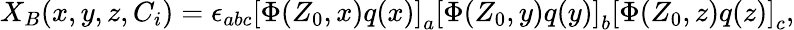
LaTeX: X_{B}(x,y,z,C_{i})=\epsilon_{abc}\left[\Phi(Z_{0},x)q(x)\right]_{a}\left[\Phi(Z_{0},y)q(y)\right]_{b}\left[\Phi(Z_{0},z)q(z)\right]_{c},